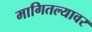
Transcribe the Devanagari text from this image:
मागितल्यावर